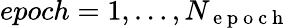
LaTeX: epoch=1,\ldots,N_{\mathrm{~e~p~o~c~h~}}